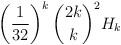
LaTeX: \begin{align*} \left( \frac{1}{32} \right)^{k} \binom{2k}{k}^{2} H_{k} \end{align*}